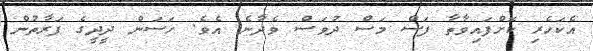
އެކަހެރި ކޮށްފައިވާތާ ފަސް މަސް ދުވަސް ވެދާނެ އެވެ. ހަސަން ދީދީގެ ފަރާތުން